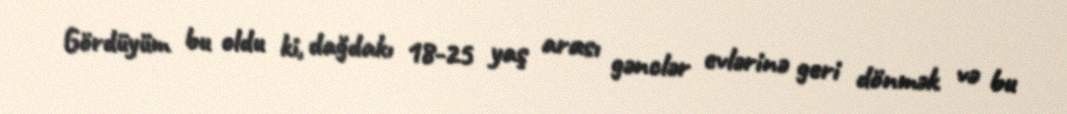
Gördüyüm bu oldu ki, dağdakı 18-25 yaş arası gənclər evlərinə geri dönmək və bu